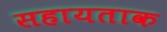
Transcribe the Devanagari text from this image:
सहायताक